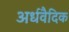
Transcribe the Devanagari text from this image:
अर्धवैदिक